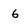
Character: 6